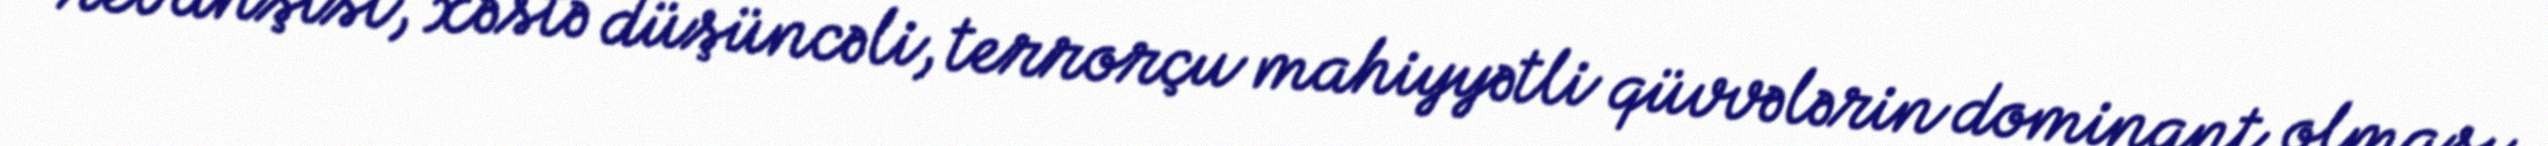
revanşist, xəstə düşüncəli, terrorçu mahiyyətli qüvvələrin dominant olması